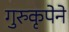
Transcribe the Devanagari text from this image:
गुरुकृपेने